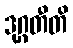
ဒုဂ္ဂတီတိ